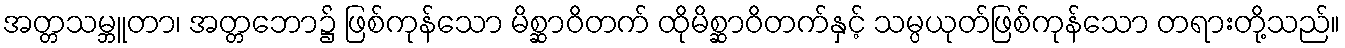
အတ္တသမ္ဘူတာ၊ အတ္တဘော၌ ဖြစ်ကုန်သော မိစ္ဆာဝိတက် ထိုမိစ္ဆာဝိတက်နှင့် သမ္ပယုတ်ဖြစ်ကုန်သော တရားတို့သည်။